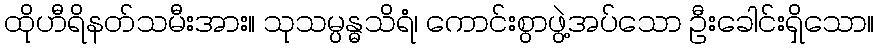
ထိုဟီရိနတ်သမီးအား။ သုသမ္ပန္ဓသိရံ၊ ကောင်းစွာဖွဲ့အပ်သော ဦးခေါင်းရှိသော။